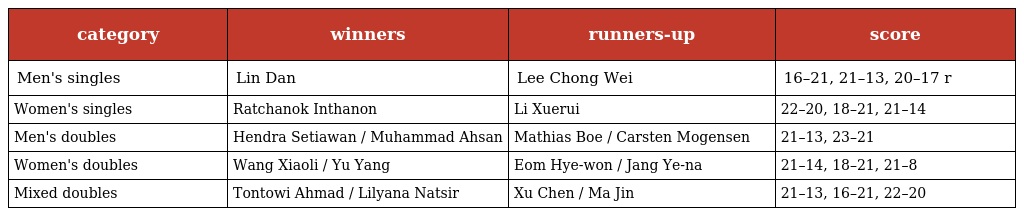
| category | winners | runners-up | score |
 | --- | --- | --- | --- |
 | Men's singles | Lin Dan | Lee Chong Wei | 16–21, 21–13, 20–17 r |
 | Women's singles | Ratchanok Inthanon | Li Xuerui | 22–20, 18–21, 21–14 |
 | Men's doubles | Hendra Setiawan / Muhammad Ahsan | Mathias Boe / Carsten Mogensen | 21–13, 23–21 |
 | Women's doubles | Wang Xiaoli / Yu Yang | Eom Hye-won / Jang Ye-na | 21–14, 18–21, 21–8 |
 | Mixed doubles | Tontowi Ahmad / Lilyana Natsir | Xu Chen / Ma Jin | 21–13, 16–21, 22–20 |